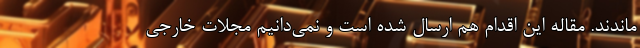
ماندند. مقاله این اقدام هم ارسال شده است و نمی‌دانیم مجلات خارجی